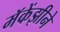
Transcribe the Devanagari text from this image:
मॅकेंझीने